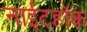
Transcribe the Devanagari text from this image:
नाईटहॉक